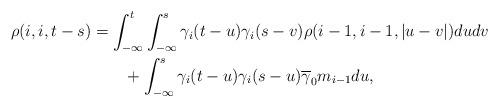
LaTeX: \begin{align*}\rho(i,i,t-s)&=\int_{-\infty}^{t}\int_{-\infty}^{s}\gamma_{i}(t-u)\gamma_{i}(s-v)\rho(i-1,i-1,|u-v|)dudv\\&\qquad+\int_{-\infty}^{s}\gamma_{i}(t-u)\gamma_{i}(s-u)\overline{\gamma}_{0}m_{i-1}du,\end{align*}